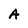
Character: A